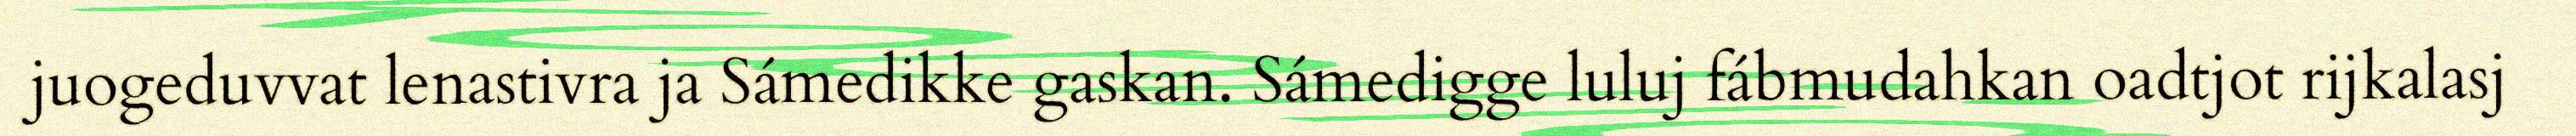
juogeduvvat lenastivra ja Sámedikke gaskan. Sámedigge luluj fábmudahkan oadtjot rijkalasj